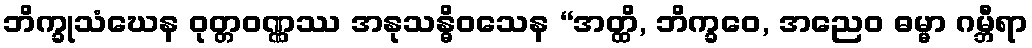
ဘိက္ခုသံဃေန ဝုတ္တဝဏ္ဏဿ အနုသန္ဓိဝသေန “အတ္ထိ, ဘိက္ခဝေ, အညေဝ ဓမ္မာ ဂမ္ဘီရာ